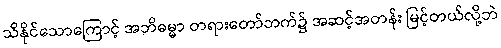
သိနိုင်သောကြောင့် အဘိဓမ္မာ တရားတော်ဘက်၌ အဆင့်အတန်း မြင့်တယ်လို့ဘဲ